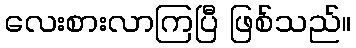
လေးစားလာကြပြီ ဖြစ်သည်။